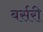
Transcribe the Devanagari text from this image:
बर्सरी